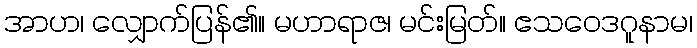
အာဟ၊ လျှောက်ပြန်၏။ မဟာရာဇ၊ မင်းမြတ်။ ဧသဝေဒဂူနာမ၊